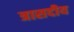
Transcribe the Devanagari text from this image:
त्रासदीय